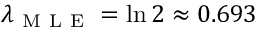
\lambda _ { \mathrm { ~ M ~ L ~ E ~ } } = \ln 2 \approx 0 . 6 9 3